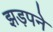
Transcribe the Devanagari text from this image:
झड़पने